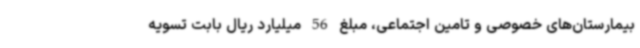
بیمارستان‌های خصوصی و تامین اجتماعی، مبلغ 56 میلیارد ریال بابت تسویه